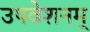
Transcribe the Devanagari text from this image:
उपवेशनम्